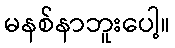
မနစ်နာဘူးပေါ့။